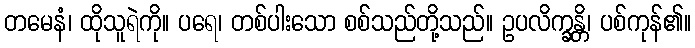
တမေနံ၊ ထိုသူရဲကို။ ပရေ၊ တစ်ပါးသော စစ်သည်တို့သည်။ ဥပလိက္ခန္တိ၊ ပစ်ကုန်၏။